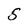
Character: S